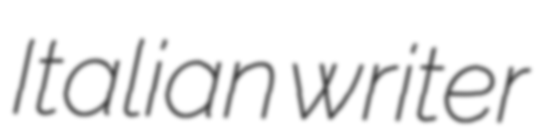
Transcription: Italian writer